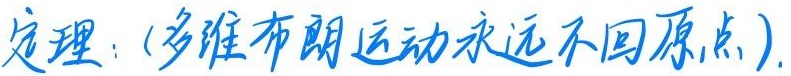
定理：(多维布朗运动永远不回原点).